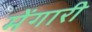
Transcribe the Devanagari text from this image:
मेंगारी